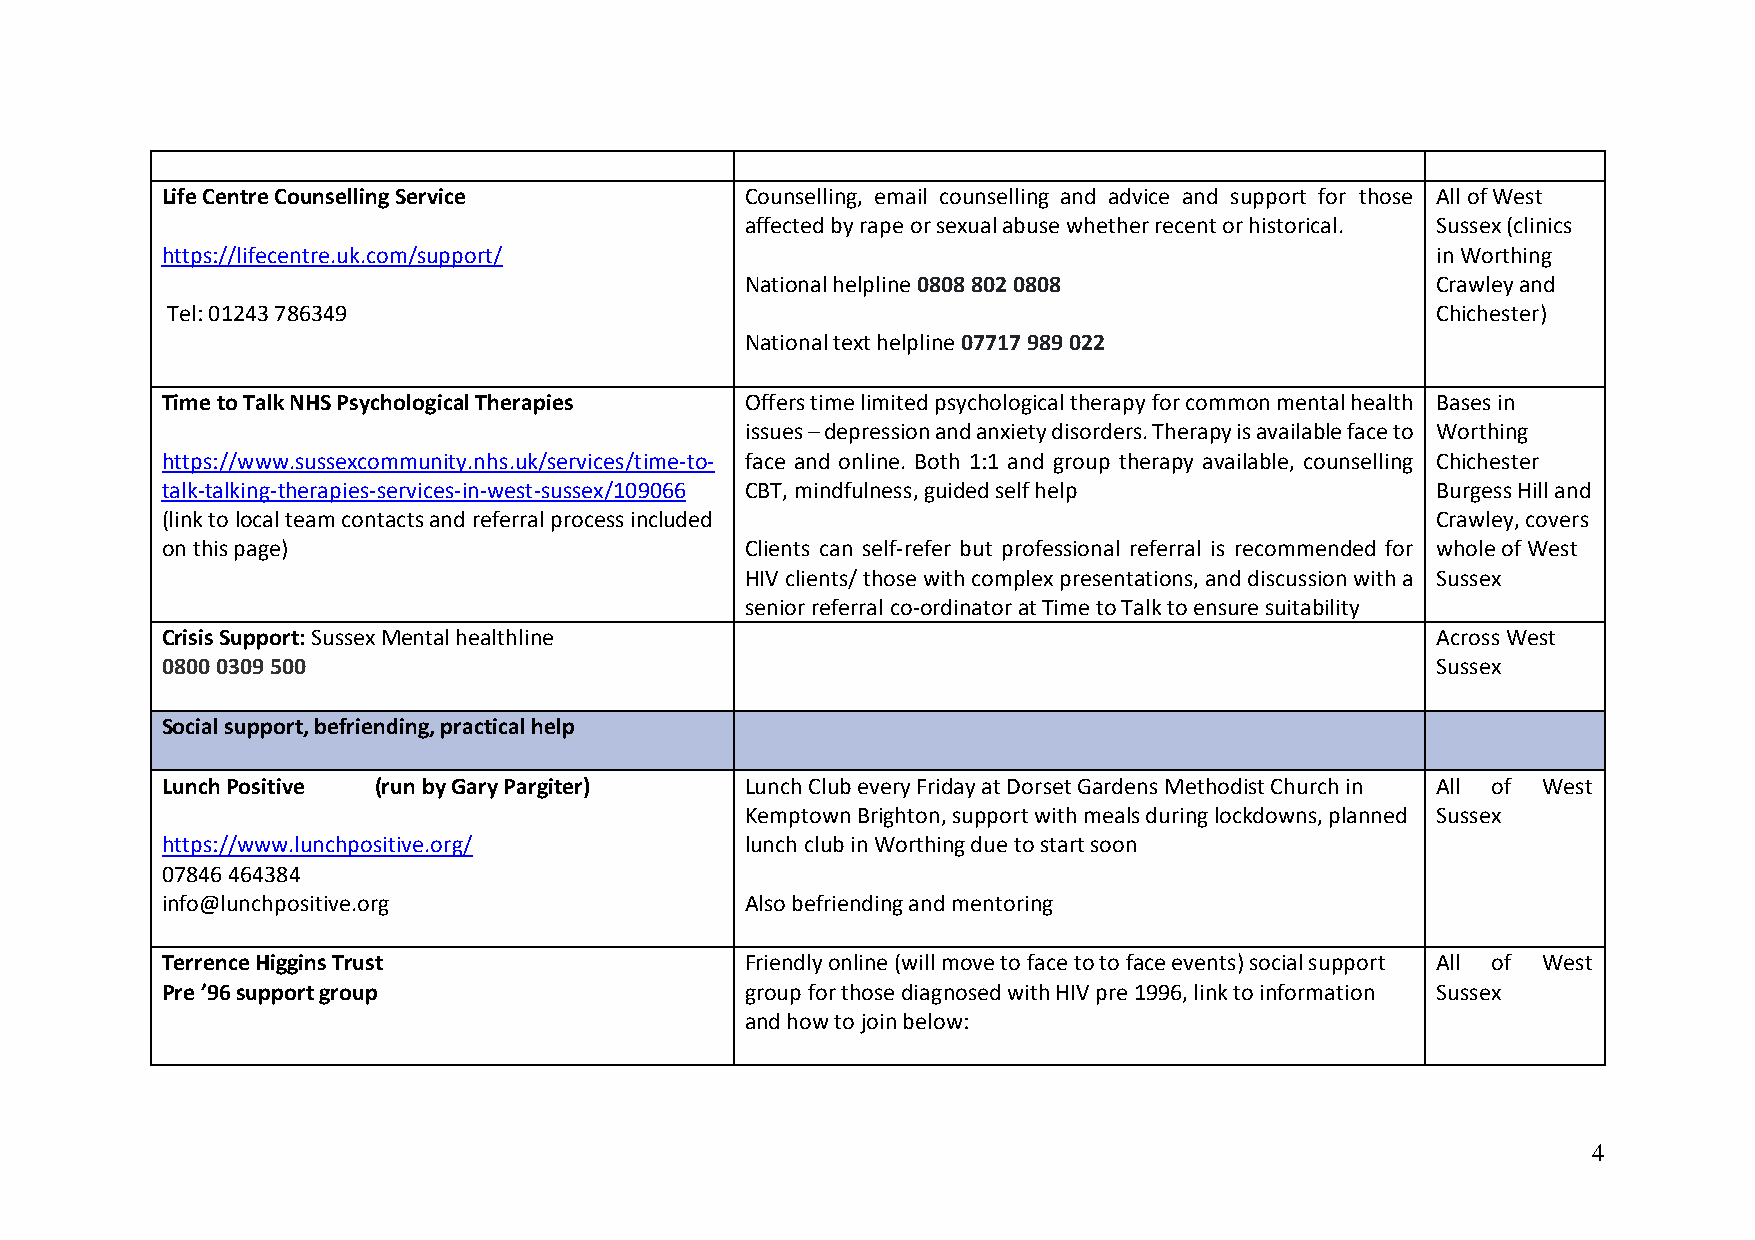
Life Centre Counselling Service       Counselling, email counselling and advice and support for those All of West
 affected by rape or sexual abuse whether recent or historical. Sussex (clinics
 https://lifecentre.uk.com/support/                                                  in Worthing
 National helpline 0808 802 0808               Crawley and
 Tel: 01243 786349                                                                   Chichester)
 National text helpline 07717 989 022
 Time to Talk NHS Psychological Therapies Offers time limited psychological therapy for common mental health Bases in
 issues – depression and anxiety disorders. Therapy is available face to Worthing
 https://www.sussexcommunity.nhs.uk/services/time-to- face and online. Both 1:1 and group therapy available, counselling Chichester
 talk-talking-therapies-services-in-west-sussex/109066 CBT, mindfulness, guided self help Burgess Hill and
 (link to local team contacts and referral process included                          Crawley, covers
 on this page)                         Clients can self-refer but professional referral is recommended for whole of West
 HIV clients/ those with complex presentations, and discussion with a Sussex
 senior referral co-ordinator at Time to Talk to ensure suitability
 Crisis Support: Sussex Mental healthline                                            Across West
 0800 0309 500                                                                       Sussex
 Social support, befriending, practical help
 Lunch Positive (run by Gary Pargiter) Lunch Club every Friday at Dorset Gardens Methodist Church in All of West
 Kemptown Brighton, support with meals during lockdowns, planned Sussex
 https://www.lunchpositive.org/        lunch club in Worthing due to start soon
 07846 464384
 info@lunchpositive.org                Also befriending and mentoring
 Terrence Higgins Trust                Friendly online (will move to face to to face events) social support All of West
 Pre ’96 support group                 group for those diagnosed with HIV pre 1996, link to information Sussex
 and how to join below:
 4